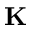
{ \bf K }